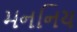
મનનિય